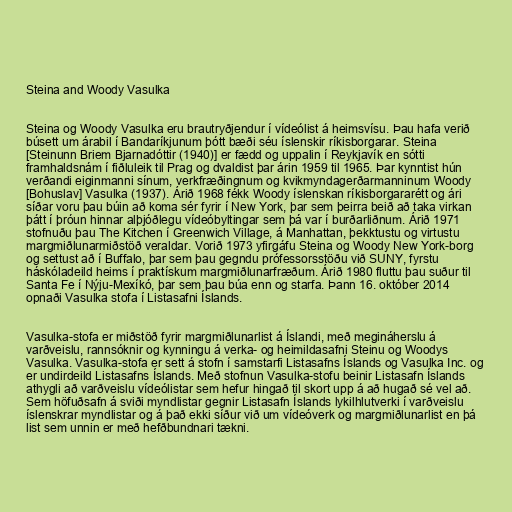
Steina and Woody Vasulka

Steina og Woody Vasulka eru brautryðjendur í vídeólist á heimsvísu. Þau hafa verið
búsett um árabil í Bandaríkjunum þótt bæði séu íslenskir ríkisborgarar. Steina
[Steinunn Briem Bjarnadóttir (1940)] er fædd og uppalin í Reykjavík en sótti
framhaldsnám í fiðluleik til Prag og dvaldist þar árin 1959 til 1965. Þar kynntist hún
verðandi eiginmanni sínum, verkfræðingnum og kvikmyndagerðarmanninum Woody
[Bohuslav] Vasulka (1937). Árið 1968 fékk Woody íslenskan ríkisborgararétt og ári
síðar voru þau búin að koma sér fyrir í New York, þar sem þeirra beið að taka virkan
þátt í þróun hinnar alþjóðlegu vídeóbyltingar sem þá var í burðarliðnum. Árið 1971
stofnuðu þau The Kitchen í Greenwich Village, á Manhattan, þekktustu og virtustu
margmiðlunarmiðstöð veraldar. Vorið 1973 yfirgáfu Steina og Woody New York-borg
og settust að í Buffalo, þar sem þau gegndu prófessorsstöðu við SUNY, fyrstu
háskóladeild heims í praktískum margmiðlunarfræðum. Árið 1980 fluttu þau suður til
Santa Fe í Nýju-Mexíkó, þar sem þau búa enn og starfa. Þann 16. október 2014
opnaði Vasulka stofa í Listasafni Íslands.

Vasulka-stofa er miðstöð fyrir margmiðlunarlist á Íslandi, með megináherslu á
varðveislu, rannsóknir og kynningu á verka- og heimildasafni Steinu og Woodys
Vasulka. Vasulka-stofa er sett á stofn í samstarfi Listasafns Íslands og Vasulka Inc. og
er undirdeild Listasafns Íslands. Með stofnun Vasulka-stofu beinir Listasafn Íslands
athygli að varðveislu vídeólistar sem hefur hingað til skort upp á að hugað sé vel að.
Sem höfuðsafn á sviði myndlistar gegnir Listasafn Íslands lykilhlutverki í varðveislu
íslenskrar myndlistar og á það ekki síður við um vídeóverk og margmiðlunarlist en þá
list sem unnin er með hefðbundnari tækni.